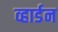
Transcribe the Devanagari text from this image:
व्हार्डन